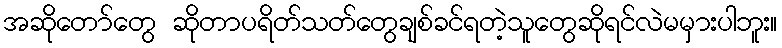
အဆိုတော်တွေ ဆိုတာပရိတ်သတ်တွေချစ်ခင်ရတဲ့သူတွေဆိုရင်လဲမမှားပါဘူး။